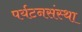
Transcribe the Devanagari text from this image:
पर्यटनसंस्था